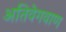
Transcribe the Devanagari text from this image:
अतिवेगवाण